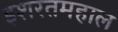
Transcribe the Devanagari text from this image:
इशरतमहाल